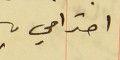
احترامي.